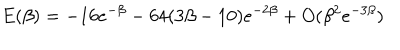
E ( \beta ) = - 1 6 e ^ { - \beta } - 6 4 ( 3 \beta - 1 0 ) e ^ { - 2 \beta } + O ( \beta ^ { 2 } e ^ { - 3 \beta } )